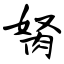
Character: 胬